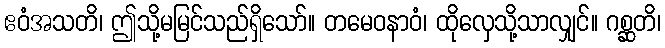
ဧဝံအသတိ၊ ဤသို့မမြင်သည်ရှိသော်။ တမေဝနာဝံ၊ ထိုလှေသို့သာလျှင်။ ဂစ္ဆတိ၊